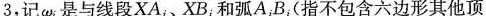
3，记\omega_{i}是与线段XA_{i}、XB_{i}和弧A_{i}B_{i}(指不包含六边形其他顶